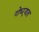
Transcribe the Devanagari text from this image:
गोध्ऱ्यात